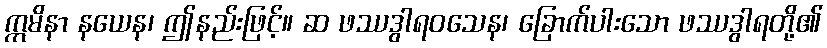
ဣမိနာ နယေန၊ ဤနည်းဖြင့်။ ဆ ဖဿဒွါရဝသေန၊ ခြောက်ပါးသော ဖဿဒွါရတို့၏